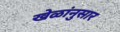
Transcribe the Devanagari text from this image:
खेळांनुसार